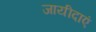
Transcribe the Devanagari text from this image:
जायीदाएं